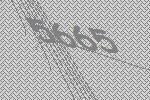
5665